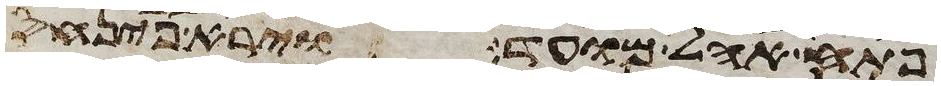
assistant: פתח אהל מועד וירא פינחס